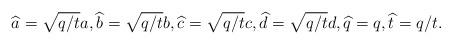
LaTeX: \begin{align*}\widehat{a}=\sqrt{q/t}a,\widehat{b}=\sqrt{q/t}b,\widehat{c}=\sqrt{q/t}c,\widehat{d}=\sqrt{q/t}d,\widehat{q}=q,\widehat{t}=q/t.\end{align*}